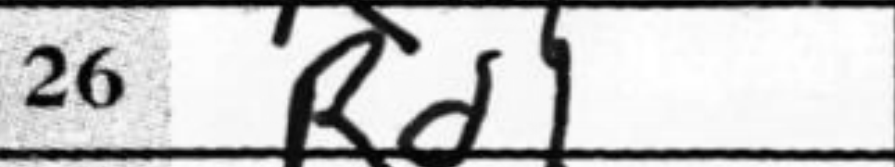
Transcription: Rd1